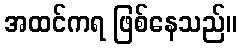
အထင်ကရ ဖြစ်နေသည်။